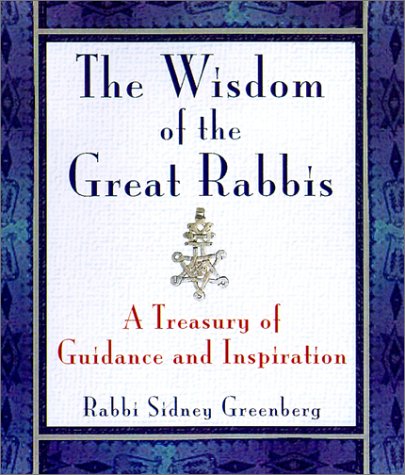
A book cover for The Wisdom Of Modern Rabbis: A Treasury of Guidance and Inspiration; Sidney Greeenberg; Religion & Spirituality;